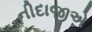
નીદાજીએ